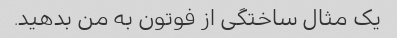
یک مثال ساختگی از فوتون به من بدهید.